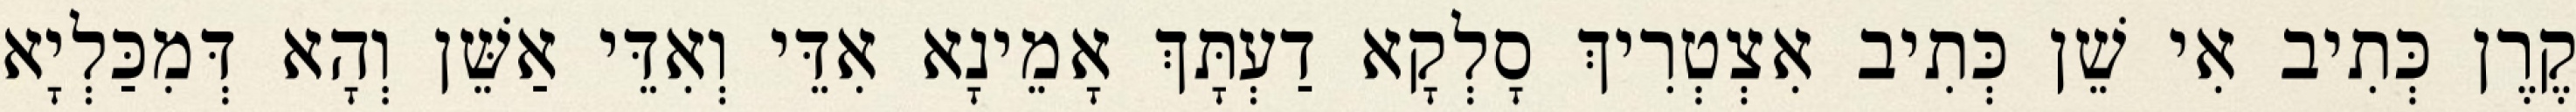
קֶרֶן כְּתִיב אִי שֵׁן כְּתִיב אִצְטְרִיךְ סָלְקָא דַעְתָּךְ אָמֵינָא אִדֵּי וְאִדֵּי אַשֵּׁן וְהָא דְּמִכַּלְיָא